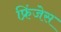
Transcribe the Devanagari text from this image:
फ्रिंजेस